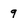
Character: 9